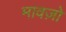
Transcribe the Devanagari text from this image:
मावज़ो